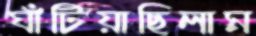
ঘাঁটিয়াছিলাম